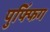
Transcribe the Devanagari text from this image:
पुफ्फिंग